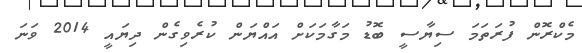
މެކްރޮން ފުރަތަމަ ސިޔާސީ ބޮޑު މަގާމަކަށް އައްޔަން ކުރެވިގެން ދިޔައީ 2014 ވަނަ